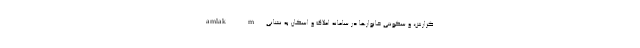
گزارش، و سکونتی خانوارها در سامانه املاک و اسکان به نشانی amlak.m